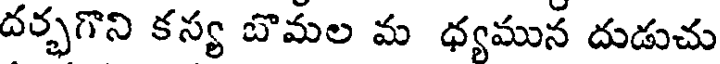
దర్భగొని కస్య బొమల మ ధ్యమున దుడుచు